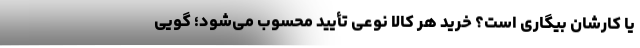
یا کارشان بیگاری است؟ خرید هر کالا نوعی تأیید محسوب می‌شود؛ گویی